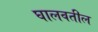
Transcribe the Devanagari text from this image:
घालवतील